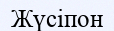
Жүсіпон